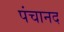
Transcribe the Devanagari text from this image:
पंचानद